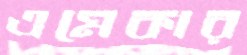
এমেকার